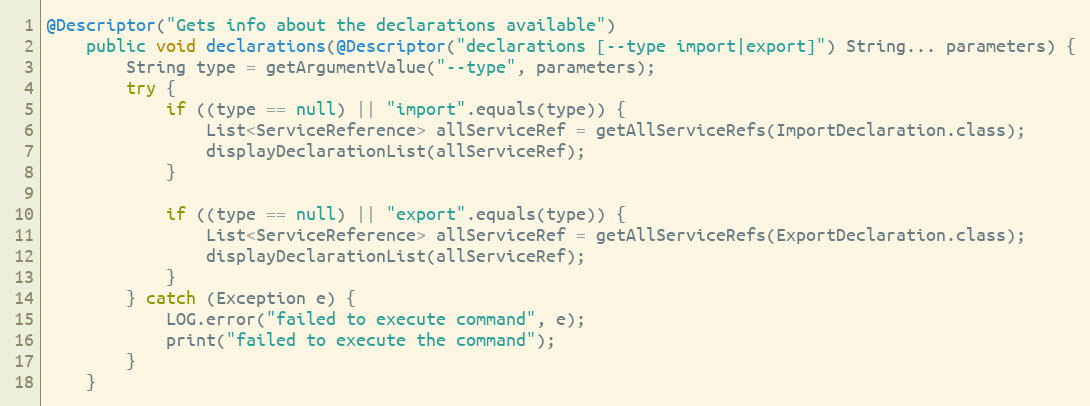
Language: Java
@Descriptor("Gets info about the declarations available")
    public void declarations(@Descriptor("declarations [--type import|export]") String... parameters) {
        String type = getArgumentValue("--type", parameters);
        try {
            if ((type == null) || "import".equals(type)) {
                List<ServiceReference> allServiceRef = getAllServiceRefs(ImportDeclaration.class);
                displayDeclarationList(allServiceRef);
            }

            if ((type == null) || "export".equals(type)) {
                List<ServiceReference> allServiceRef = getAllServiceRefs(ExportDeclaration.class);
                displayDeclarationList(allServiceRef);
            }
        } catch (Exception e) {
            LOG.error("failed to execute command", e);
            print("failed to execute the command");
        }
    }